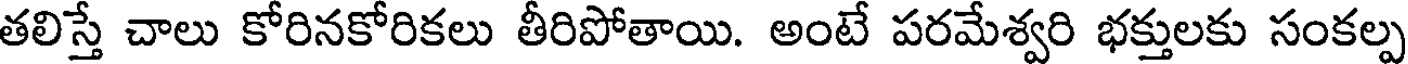
తలిస్తే చాలు కోరినకోరికలు తీరిపోతాయి. అంటే పరమేశ్వరి భక్తులకు సంకల్ప